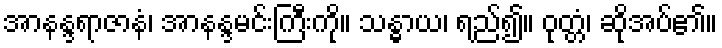
အာနန္ဒရာဇာနံ၊ အာနန္ဒမင်းကြီးကို။ သန္ဓာယ၊ ရည်၍။ ဝုတ္တံ၊ ဆိုအပ်၏။